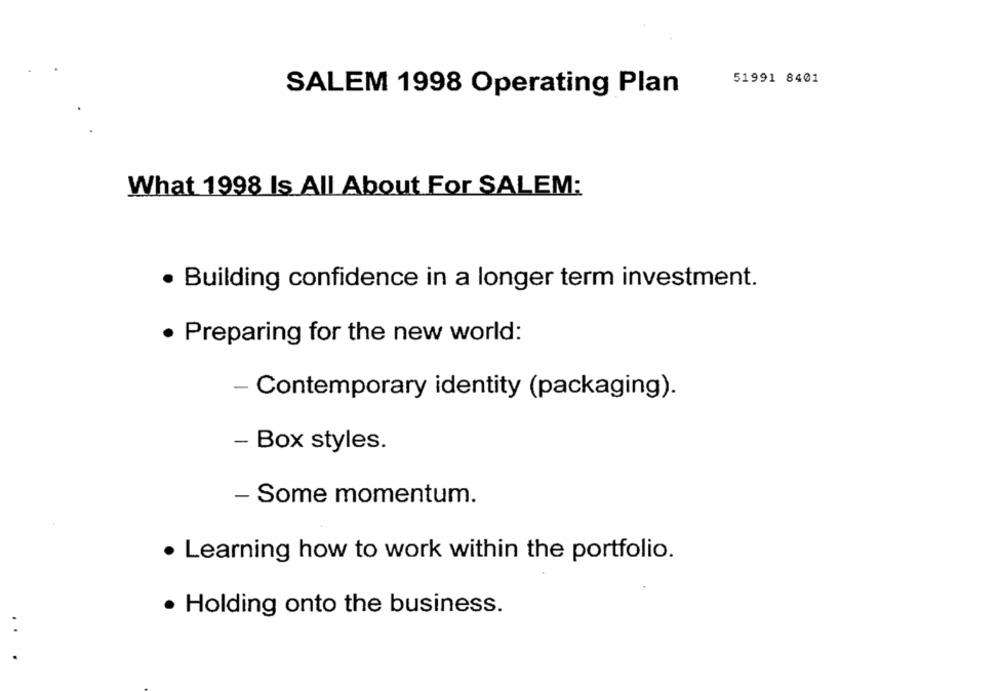
51991 8401
SALEM 1998 Operating Plan
What 1998 Is All About For SALEM:
· Building confidence in a longer term investment.
· Preparing for the new world:
- Contemporary identity (packaging).
- Box styles.
- Some momentum.
· Learning how to work within the portfolio.
· Holding onto the business.
. .